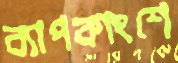
ব্যাপকাংশে